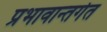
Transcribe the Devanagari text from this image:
प्रभावान्तर्गत